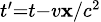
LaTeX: \scriptstyle{t^{\prime}=t-v\mathbf{x}/c^{2}}